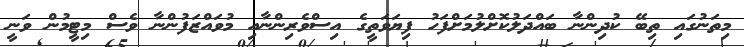
މިތަނުގައި ތިބޭ ކުދިންނާ ބައްދަލުކޮށްލުމަށްފަހު ފިޔަވަތީގެ އިސްވެރިންނާއި މުވައްޒަފުންނާ ވެސް މިޓީމުން ވަނީ